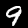
Label: 9